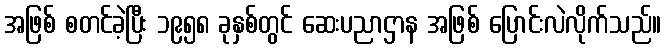
အဖြစ် စတင်ခဲ့ပြီး ၁၉၅၈ ခုနှစ်တွင် ဆေးပညာဌာန အဖြစ် ပြောင်းလဲလိုက်သည်။